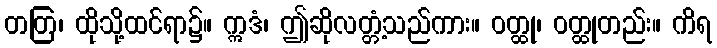
တတြ၊ ထိုသို့ထင်ရာ၌။ ဣဒံ၊ ဤဆိုလတ္တံ့သည်ကား။ ဝတ္ထု၊ ဝတ္ထုတည်း။ ကိရ